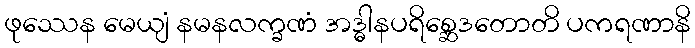
ဖုဿေန မေယျံ နမနလက္ခဏံ အဒ္ဓါနပရိစ္ဆေဒတောတိ ပကရဏာနိ